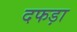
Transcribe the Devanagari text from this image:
दफड़ा